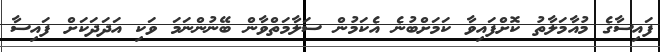
ފައިސާގެ މުއާމަލާތު ކޮށްފައިވާ ކަމަށްބުނެ އެކަމުން ސަލާމަތްވާން ބޭނުންނަމަ ވަކި އަދަދަކަށް ފައިސާ